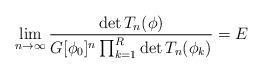
LaTeX: \begin{align*}\lim_{n\to\infty} \frac{\det T_n(\phi)}{G[\phi_0]^n \prod_{k=1}^R \det T_n(\phi_k)}=E\end{align*}